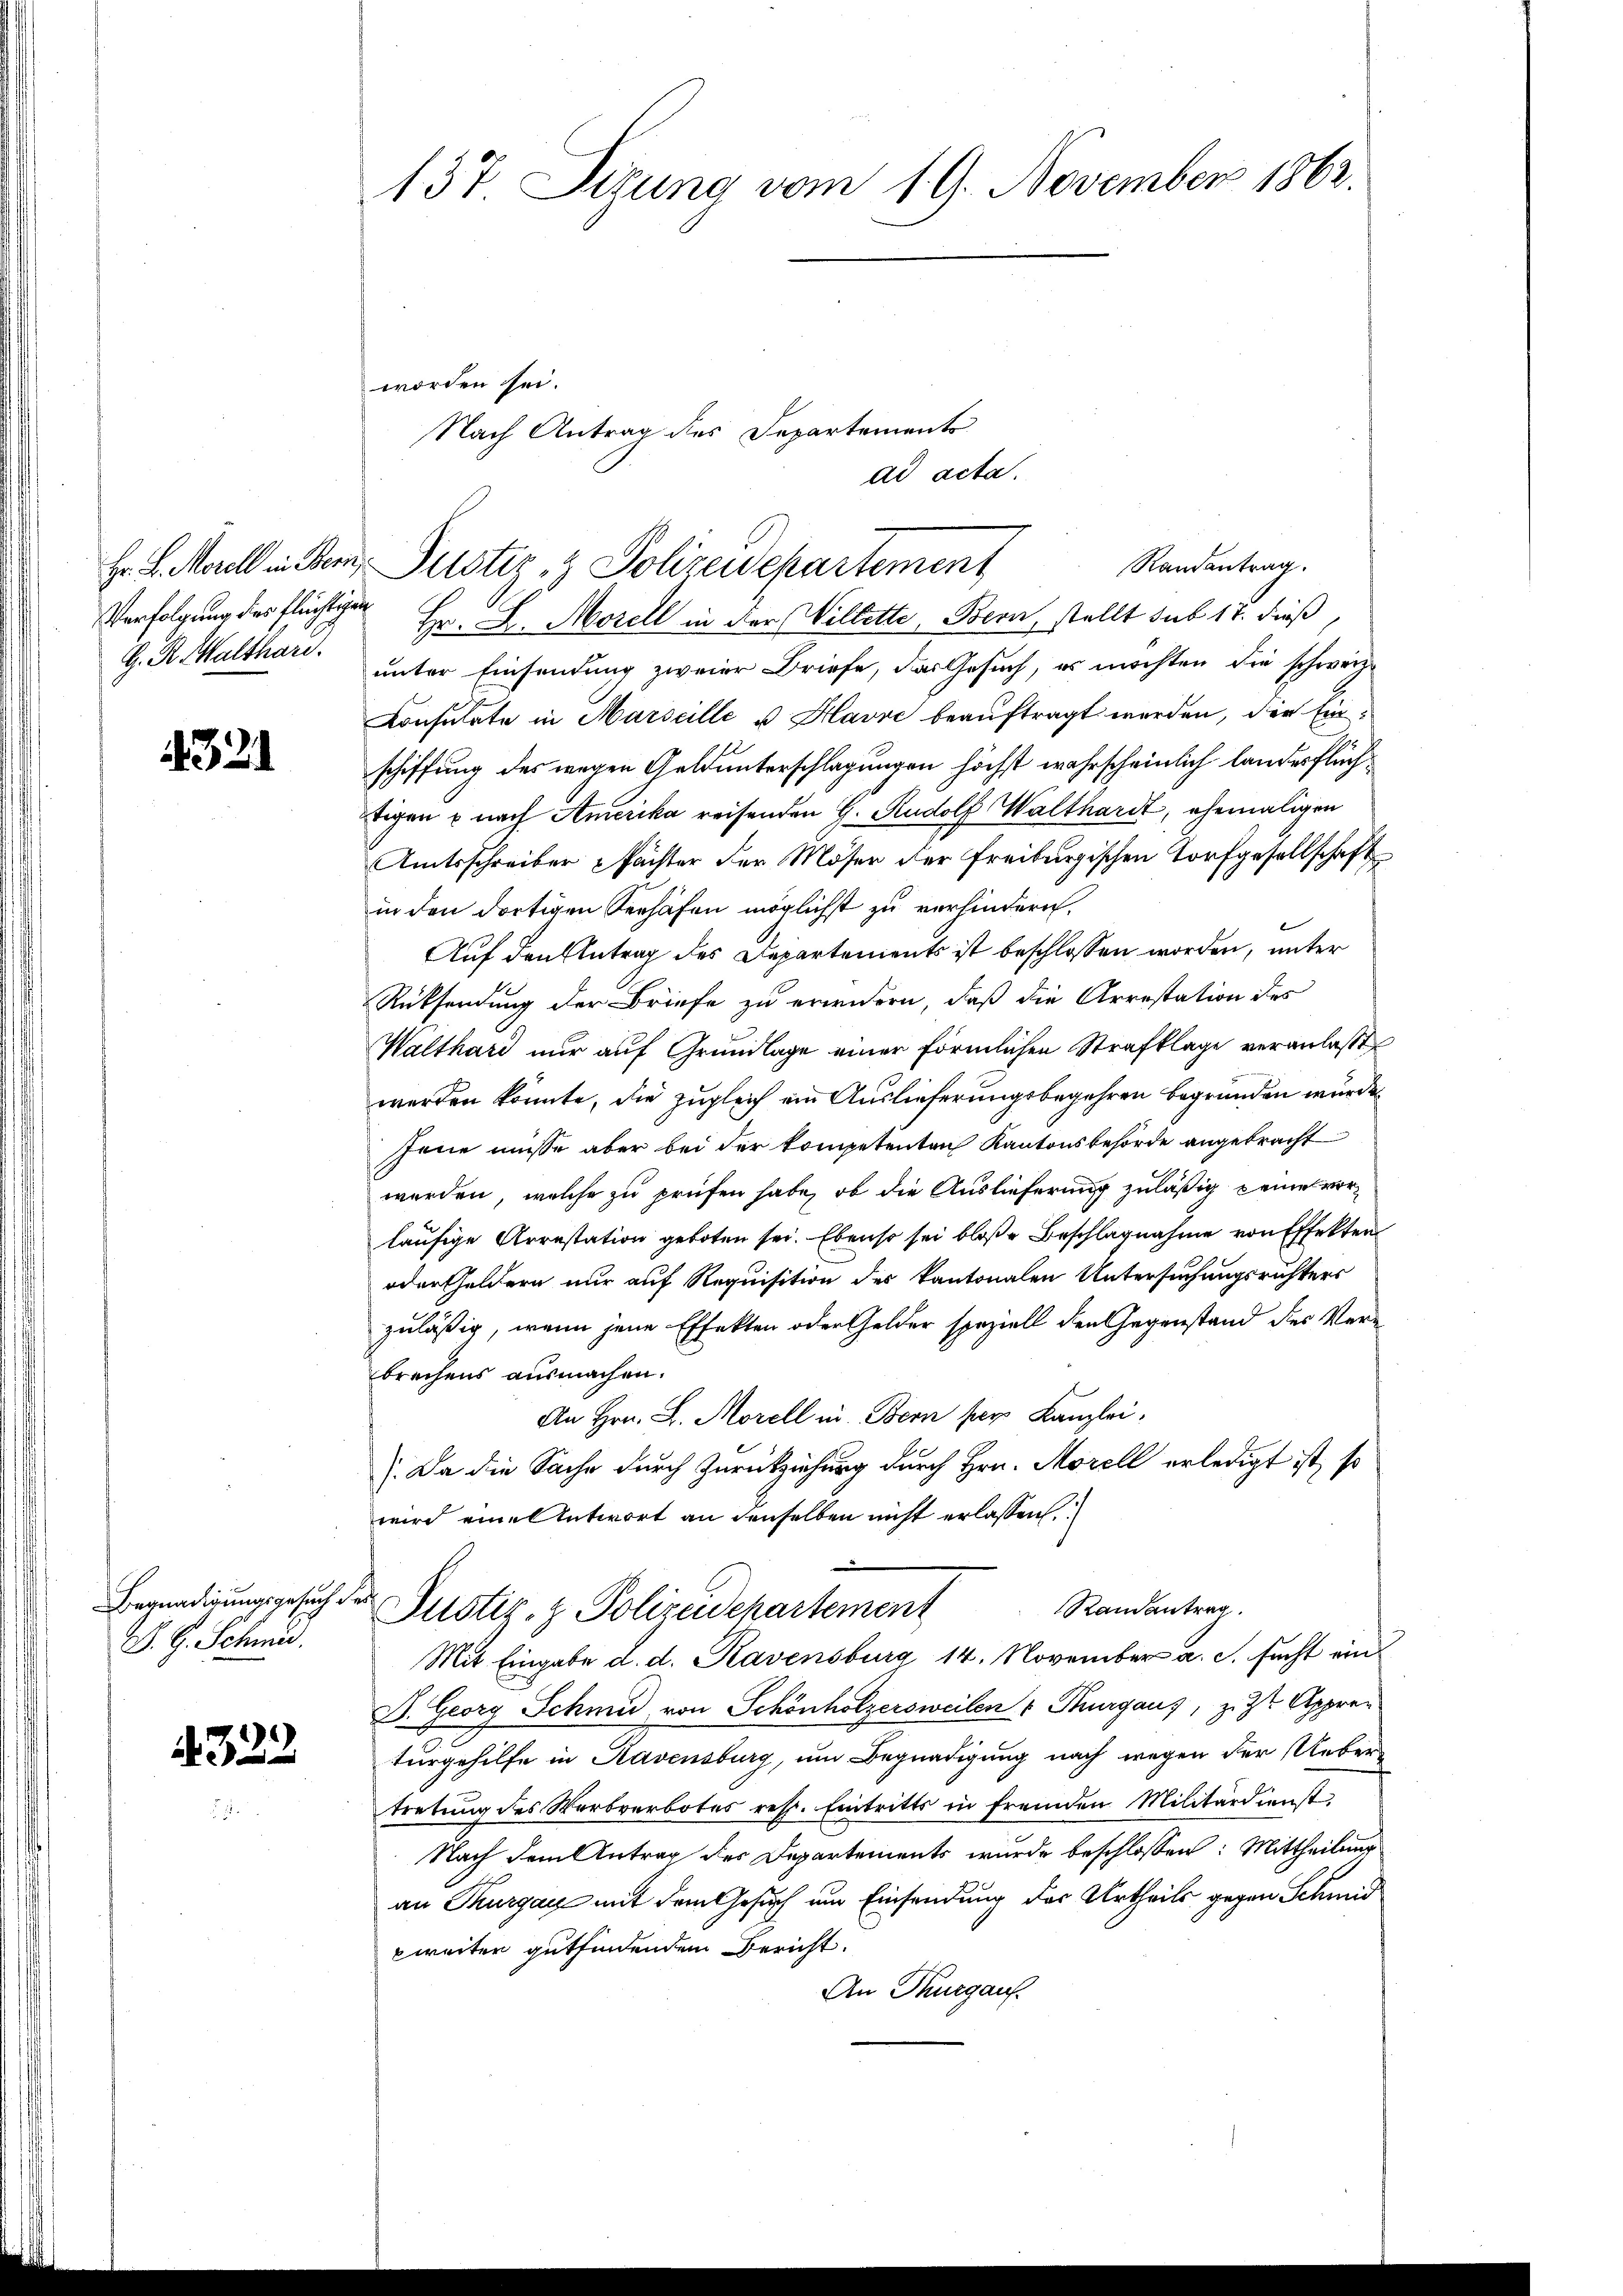
Verfolgung des flüchtigen
A. R. Walthari

4321

Begnadigungsgesuch des
S. G. Schmid.

322

137. Sizung vom 19. November 1862.

Nach Antrag des Departements
ad acta.
Randantrag.
Hr. H. Marill in der Puster, 2 Polizeidepartement

worden sei.
Hr. D. Morell in der Willette, Bern, stellt sub 17. dieß,
unter Einsendung zweier Briefe, das Gesuch, es möchten die schweiz.
Konsulate in Marseille u. Havre beauftragt werden, der Einschiffung des wegen Geldunterschlagungen höchst wahrscheinlich landerflüchtigen u nach Amerika reisenden G. Rudolf Walthardt, ehemaligen
Amtsschreiber Pachter der Moser der Freiburgischen Torfgesellschaft
in den dortigen Verhäfen möglichst zu verhindern.
Auf den Antrag des Departements ist beschlossen worden, unter
Rücksendung der Briefe zu erwidern, daß die Arrestation des
Walthard nur auf Grundlage einer förmlichen Strafklage veranlaßt
werden könnte, die zugleich ein Auslieferungsbegehren begründen würde.
Jene müsse aber bei der kompetenten Kantonsbehörde angebracht
werden, welche zu prüfen habe, ob die Auslieferung zuläßig seine vorläufige Arrestation geboten sei. Ebenso sei bloße Beschlagnahme von Effekten
oder Geldern nur auf Requisition des kantonalen Untersuchungsrichters
zuläßig, wenn jene Effekten oder Gelder speziell den Gegenstand des Verbrechens ausmachen.
An Hrn. L. Morell in Bern per Kanzlei.
 Da die Sache durch Zurückziehung durch Hrn. Morell erledigt ist, so
wird eine Antwort an denselben nicht erlassen.
Randantrag.
Justiz- & Polizeidepartement
Mit Eingabe d. d. Ravensburg 14. November a. c. sucht ein
D. Georg Schmid von Schönholzersweilen Thurgaus, z. Zt Appren
turgehilfe in Ravensburg, um Begnadigung nach wegen der Uebertretung des Werbverbotes resp. Eintritts in fremden Militärdienst
Nach dem Antrag des Departements wurde beschlossen: Mittheilung
an Thurgau mit dem Gesuch um Einsendung des Urtheils gegen Schmid
weiter gutfindenden Bericht.
An Thurgau.